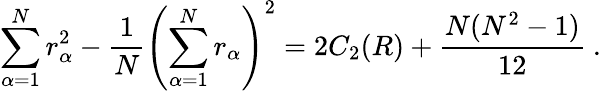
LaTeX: \sum_{\alpha=1}^{N}r_{\alpha}^{2}-\frac{1}{N}\left(\sum_{\alpha=1}^{N}r_{\alpha}\right)^{2}=2C_{2}(R)+\frac{N(N^{2}-1)}{12}\ .